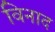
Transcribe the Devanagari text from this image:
विनाद